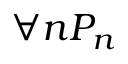
\forall n P _ { n }